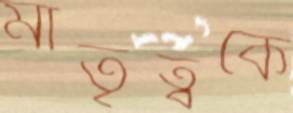
মাতৃত্বকে